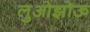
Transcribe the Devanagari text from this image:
लुओझोऊ